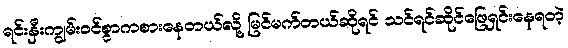
ရင်းနှီးကျွမ်းဝင်စွာကစားနေတယ်လို့ မြင်မက်တယ်ဆိုရင် သင်ရင်ဆိုင်ဖြေရှင်းနေရတဲ့